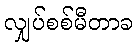
လျှပ်စစ်မီတာခ